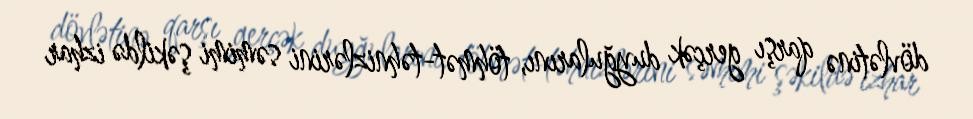
dövlətinə qarşı gerçək duyğularını, töhmət-təhnizlərini səmimi şəkildə izhar